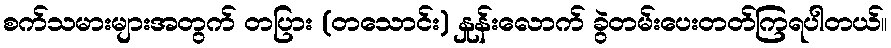
စက်သမားများအတွက် တပြား (တသောင်း) နှုန်းလောက် ခွဲတမ်းပေးတတ်ကြရပါတယ်။